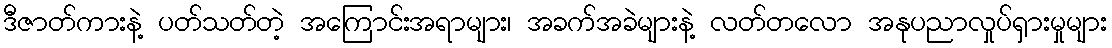
ဒီဇာတ်ကားနဲ့ ပတ်သတ်တဲ့ အကြောင်းအရာများ၊ အခက်အခဲများနဲ့ လတ်တလော အနုပညာလှုပ်ရှားမှုများ